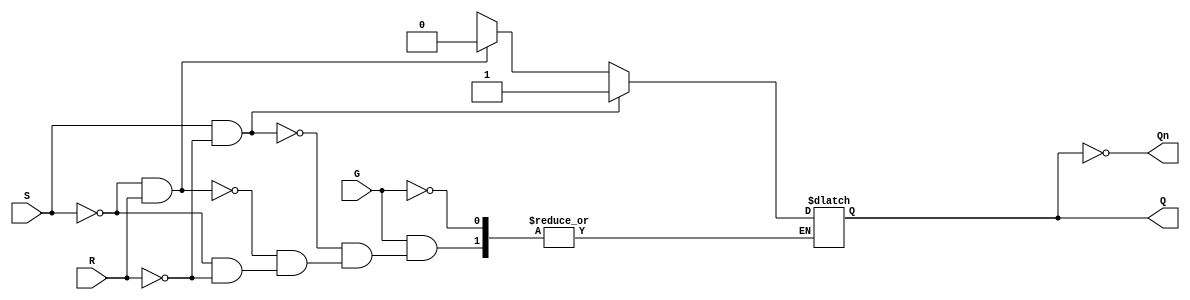
module gated_sr_latch (
    input wire S,     // Set input
    input wire R,     // Reset input
    input wire G,     // Gate input
    output reg Q,     // Output Q
    output wire Qn    // Output Q'
);

    // Complement output
    assign Qn = ~Q;

    always @(G, S, R) begin
        if (G) begin
            // When the gate is high (enabled)
            if (S && ~R) begin
                Q <= 1;  // Set state
            end else if (~S && R) begin
                Q <= 0;  // Reset state
            end else if (~S && ~R) begin
                // Hold state (do nothing)
                Q <= Q;  // Retain current state
            end else begin
                // Invalid state (both S and R high)
                Q <= 1'bx; // Undefined state
            end
        end
        // When G is low, hold state (do nothing)
        // Q retains its previous value due to the non-blocking assignment
    end

endmodule